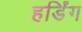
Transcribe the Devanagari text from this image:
हर्डिंग